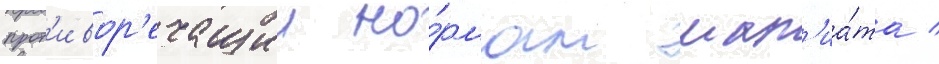
прот'ивор'ечащии но́рмам шар'иа́та /